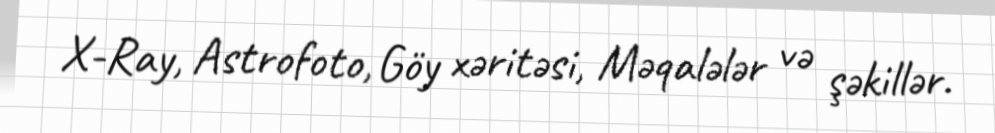
X-Ray, Astrofoto, Göy xəritəsi, Məqalələr və şəkillər.